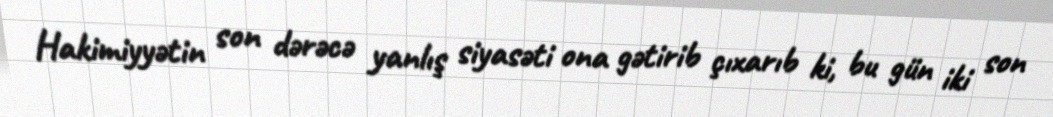
Hakimiyyətin son dərəcə yanlış siyasəti ona gətirib çıxarıb ki, bu gün iki son